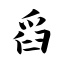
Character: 舀